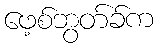
ဖေ့စ်ဘွတ်ခ်က